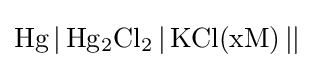
{\ce {Hg | Hg2Cl2 | KCl(xM) ||}}